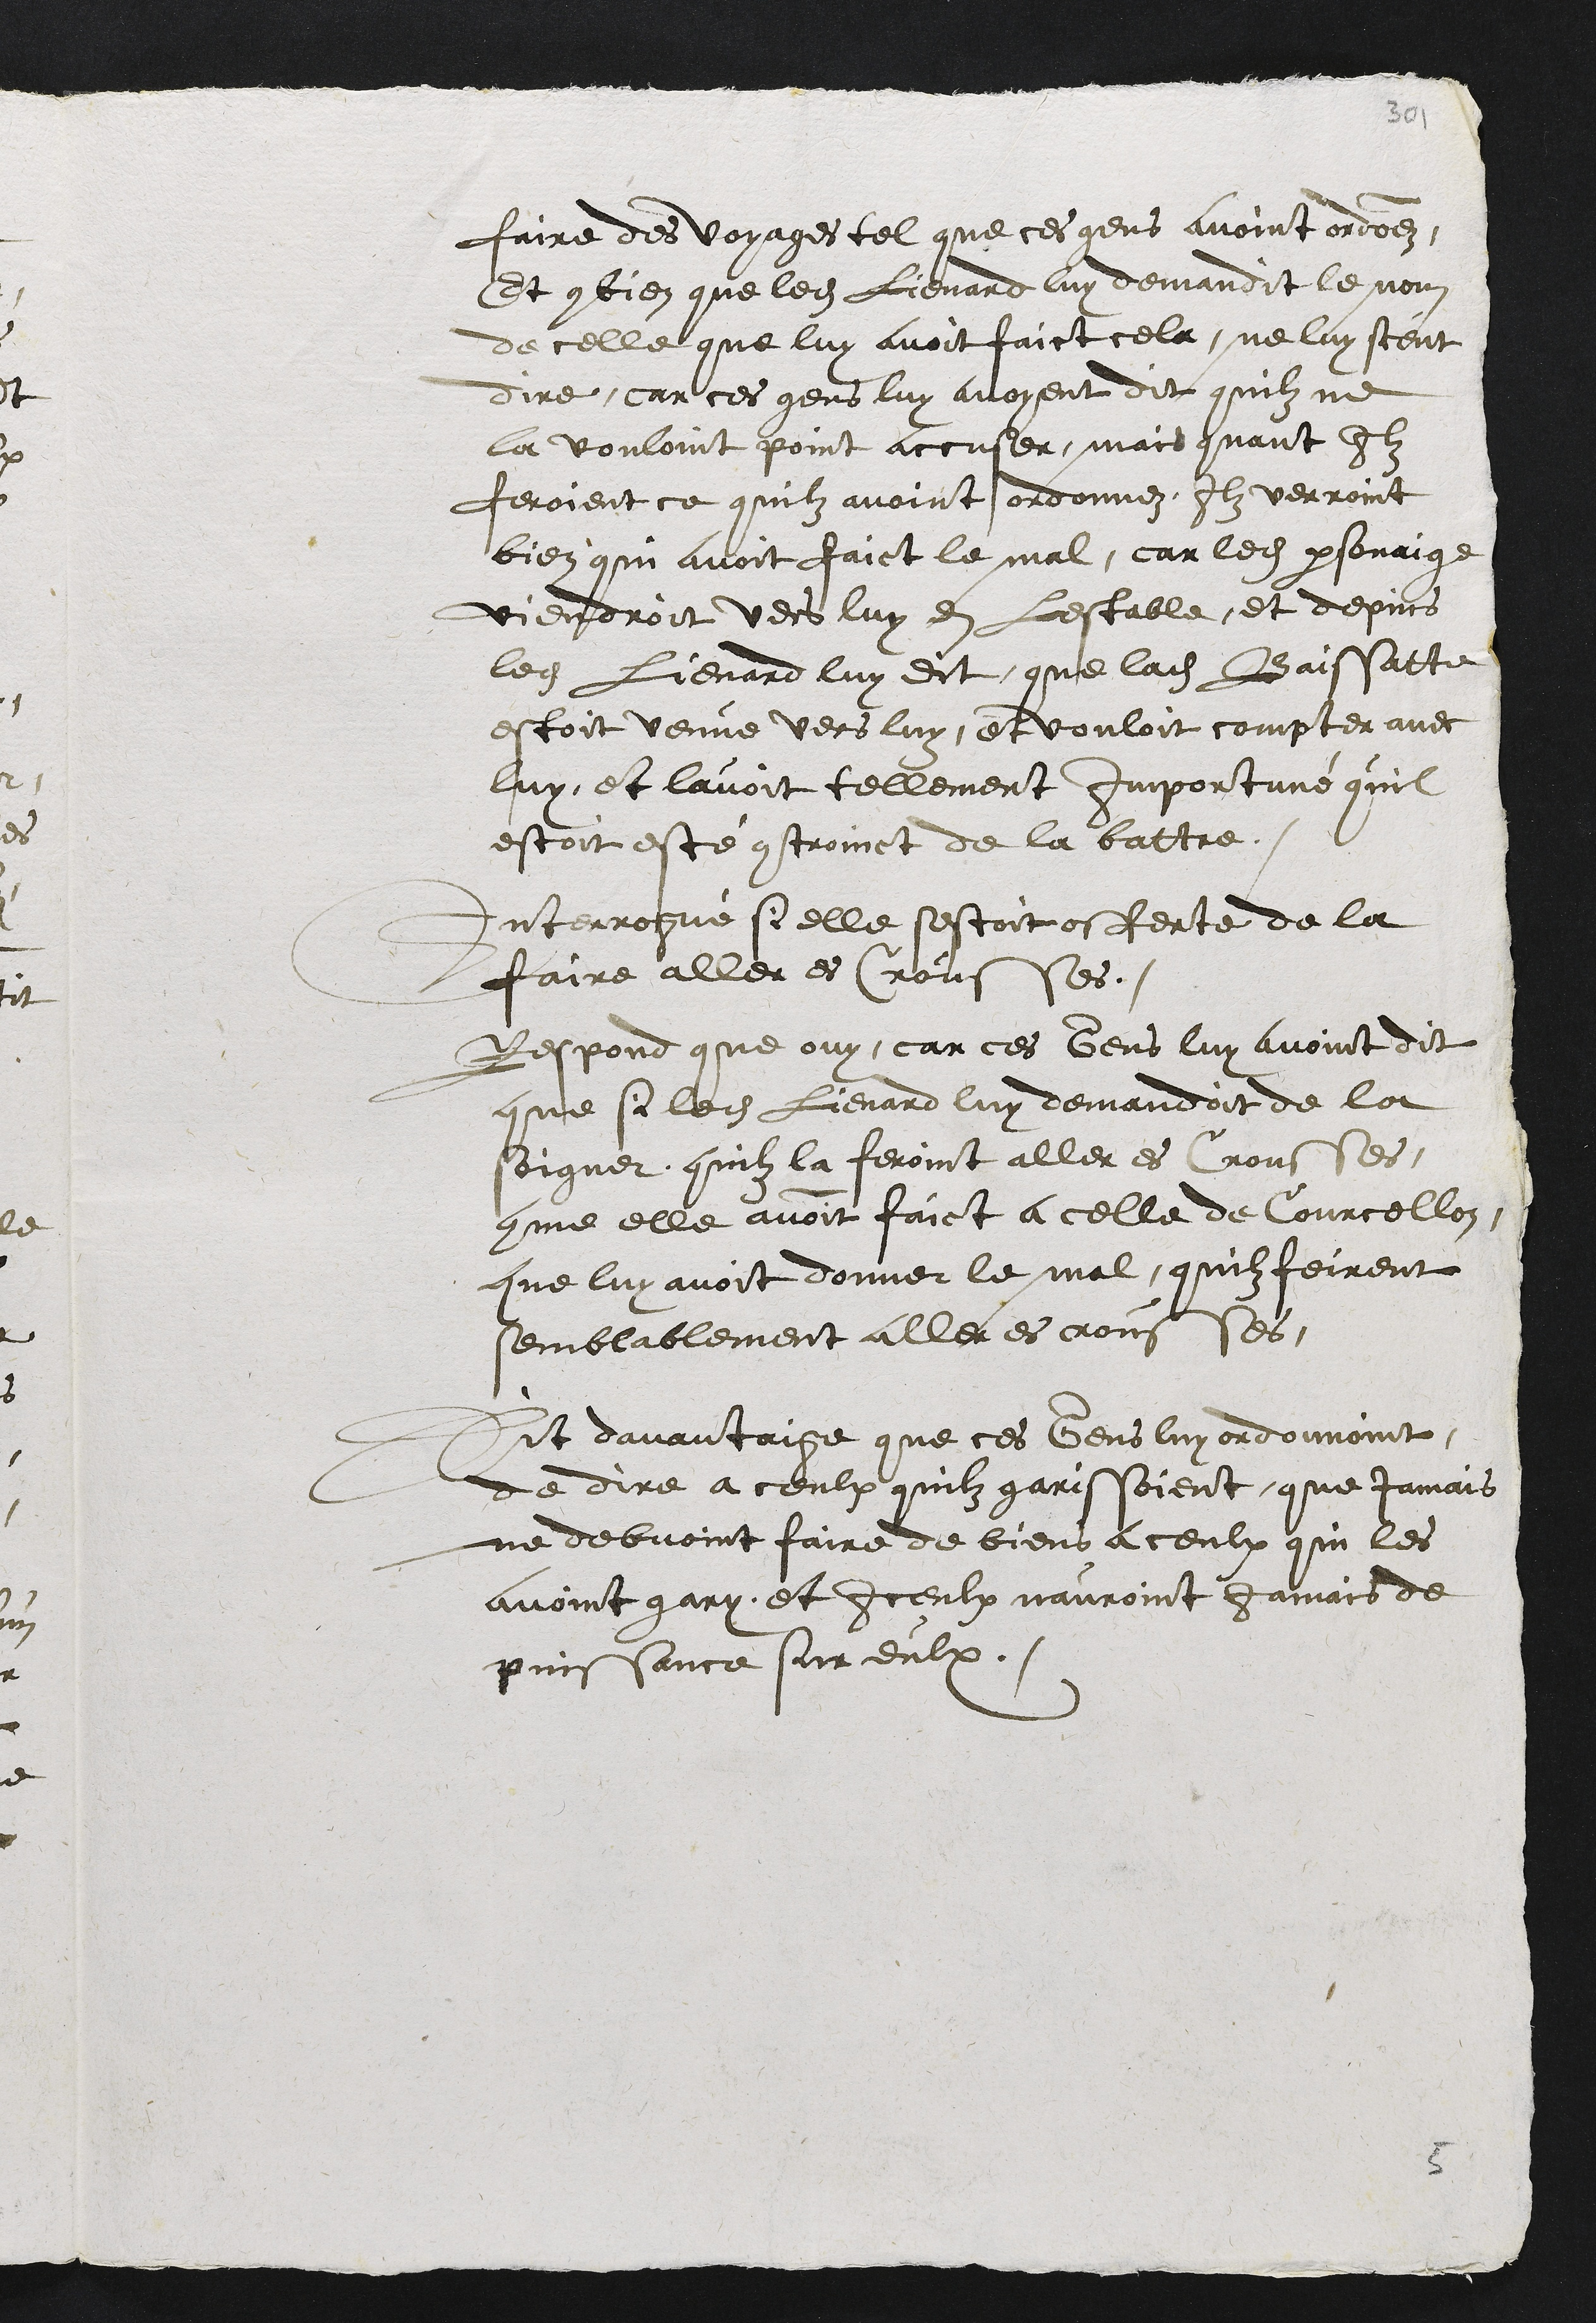
faire des voyages tel que ces gens avoint ordonnez
Et combien que ledit Lienard luy demandit le nom
de celle que luy avoit faict cela, ne luy sceut
dire, car ces gens luy avoyent dit quilz ne
la vouloint point accuser, mais quant Ilz
feroient ce quilz avoint ordonnez, Ilz verroint
bien qui avoit faict le mal, car ledit personaige
viendroit vers luy en lestable, et depuis
ledit Lienard luy dit que ladite Baissatte
estoit venue vers luy et vouloit compter avec
luy, et lavoit tellement importuné quil
estoit esté controinct de la battre.
Interrogué si elle sestoit offerte de la
faire aller es Crousses.
Respond que ouy, car ces gens luy avoint dit
que si ledit Lienard luy demandoit de la
Soigner quilz la feroint aller es crousses,
comme elle avoint faict a celle de Courcellon,
que luy avoit donner le mal, quilz feirent
semblablement aller es crousses
Dit davantaige que ces Gens luy ordonnoint,
de dire a ceulx quilz garissoient que jamais
ne debvoint faire de biens a ceulx qui les
avoint gary, et Iceulx nauroint Jamais de
puissance sur eulx.
5